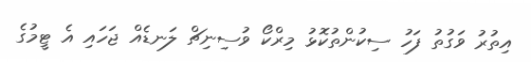
އިތުރު ވަގުތު ފަހު ސިކުންތުކޮޅު މިރްކޯ ވުސިނިޗް ލަނޑެއް ޖަހައި އެ ޓީމުގެ